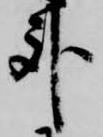
臥